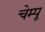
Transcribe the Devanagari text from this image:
चेम्पू